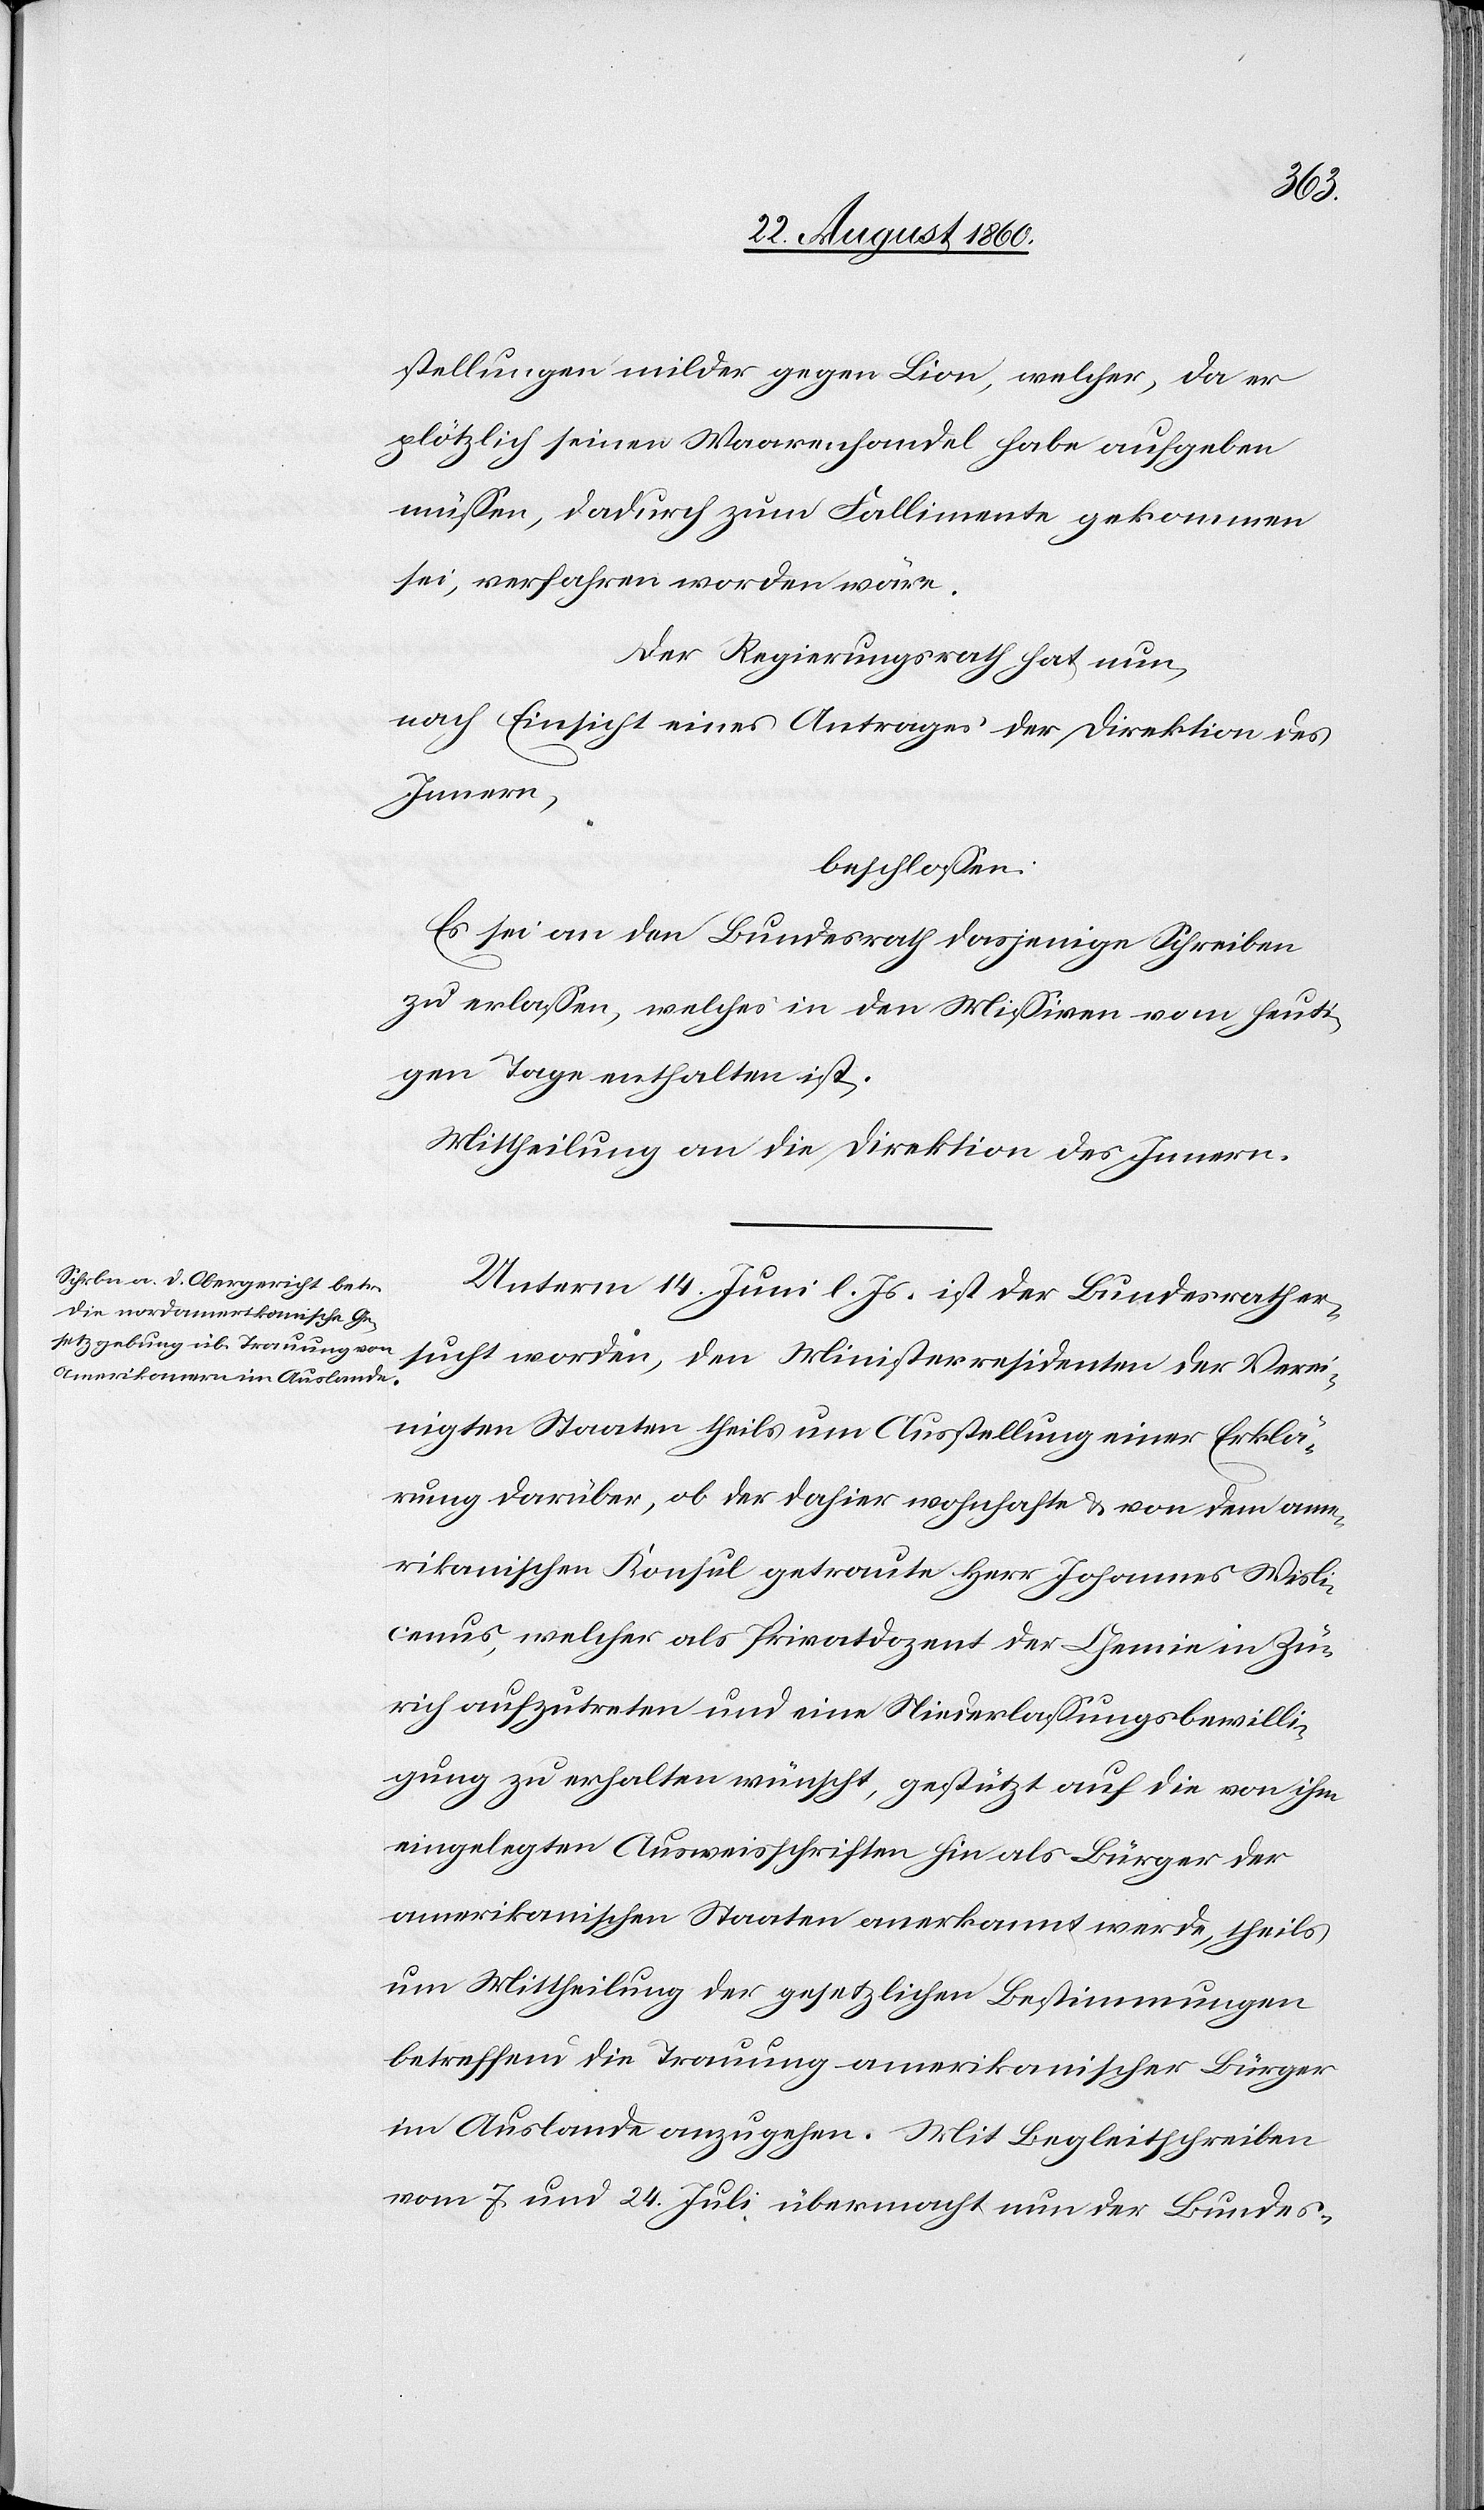
stellungen milder gegen Lion, welcher, da er
plötzlich seinen Waarenhandel habe aufgeben
müssen, dadurch zum Fallimente gekommen
sei, verfahren worden wäre.
Der Regierungsrath hat nun;
nach Einsicht eines Antrages der Direktion des
Innern,
beschlossen.
Es sei an den Bundesrath dasjenige Schreiben
zu erlassen, welches in den Missiven vom heuti¬
gen Tage enthalten ist.
Mittheilung an die Direktion des Innern.
Unterm 14. Juni l. Js. ist der Bundesrath er¬
sucht worden, den Ministerresidenten der Verei¬
nigten Staaten theils um Ausstellung einer Erklä¬
rung darüber, ob der dahier wohnhafte und von dem ame¬
rikanischen Konsul getraute Herr Johannes Wisli¬
cemus, welcher als Privatdozent der Chemie in Zü¬
rich aufzutreten und eine Niederlassungsbewilli¬
gung zu erhalten wünscht, gestützt auf die von ihm
eingelegten Ausweisschriften hin als Bürger der
amerikanischen Staaten anerkannt werde, theils
um Mittheilung der gesetzlichen Bestimmungen,
betreffend die Trauung amerikanischer Bürger
im Auslande anzugehen. Mit Begleitschreiben
vom 7 u. 24. Juli übermacht nun der Bundes-